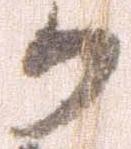
か